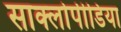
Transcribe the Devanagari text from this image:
साक्लोपीडिया